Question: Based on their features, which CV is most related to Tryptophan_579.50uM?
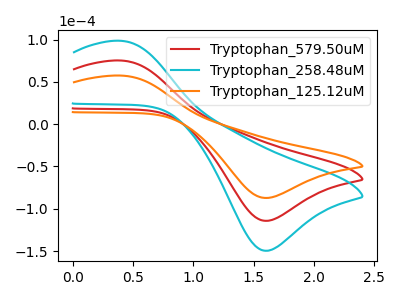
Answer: <think>The red curve "Tryptophan_579.50uM" has an anodic peak at (0.40V, 75.20uA) and a cathodic peak at (1.60V, -114.15uA). The cyan curve "Tryptophan_258.48uM" has an anodic peak at (0.40V, 150.45uA) and a cathodic peak at (1.60V, -228.35uA). The orange curve "Tryptophan_125.12uM" has an anodic peak at (0.40V, 57.45uA) and a cathodic peak at (1.60V, -87.15uA).
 All the peaks in "Tryptophan_579.50uM" have a peak in "Tryptophan_258.48uM" at the same potential. Every peak in "Tryptophan_579.50uM" is lower than every peak in "Tryptophan_258.48uM". All the peaks in "Tryptophan_579.50uM" have a peak in "Tryptophan_125.12uM" at the same potential. Every peak in "Tryptophan_579.50uM" is higher than every peak in "Tryptophan_125.12uM". All the peaks in "Tryptophan_258.48uM" have a peak in "Tryptophan_125.12uM" at the same potential. Every peak in "Tryptophan_258.48uM" is higher than every peak in "Tryptophan_125.12uM".</think>
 <answer>"Tryptophan_579.50uM" and "Tryptophan_258.48uM" have a similar shape to "Tryptophan_125.12uM".</answer>
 <eval>"Tryptophan_579.50uM" "Tryptophan_258.48uM"</eval>